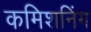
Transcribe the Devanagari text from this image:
कमिशनिंग